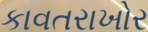
કાવતરાખોર